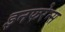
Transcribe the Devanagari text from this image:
इनफरेन्स